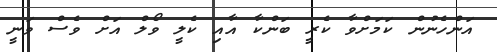
އަންހެނުން ކަމަށްވާ ކެރީ ބަންކާ އާއި ކެލީ ވޯލް އަށް ވެސް ވަނީ